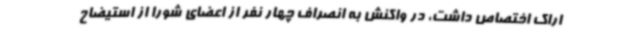
اراک اختصاص داشت، در واکنش به انصراف چهار نفر از اعضای شورا از استیضاح